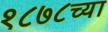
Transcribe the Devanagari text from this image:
१८७८च्या